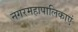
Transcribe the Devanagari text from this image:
नगरमहापालिकाएं